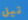
تيل